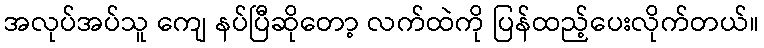
အလုပ်အပ်သူ ကျေ နပ်ပြီဆိုတော့ လက်ထဲကို ပြန်ထည့်ပေးလိုက်တယ်။